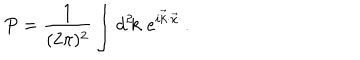
P = \frac { 1 } { ( 2 \pi ) ^ { 2 } } \int { d ^ { 2 } \kern - . 1 8 e m k } \, \, e ^ { i \vec { k } \cdot \vec { x } } ~ .